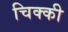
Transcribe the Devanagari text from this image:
चिक्‍की